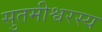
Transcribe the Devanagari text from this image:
सुतमीश्वरस्य